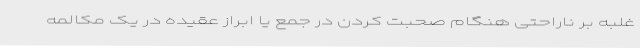
غلبه بر ناراحتی هنگام صحبت کردن در جمع یا ابراز عقیده در یک مکالمه